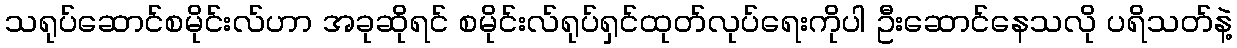
သရုပ်ဆောင်စမိုင်းလ်ဟာ အခုဆိုရင် စမိုင်းလ်ရုပ်ရှင်ထုတ်လုပ်ရေးကိုပါ ဦးဆောင်နေသလို ပရိသတ်နဲ့